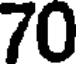
70